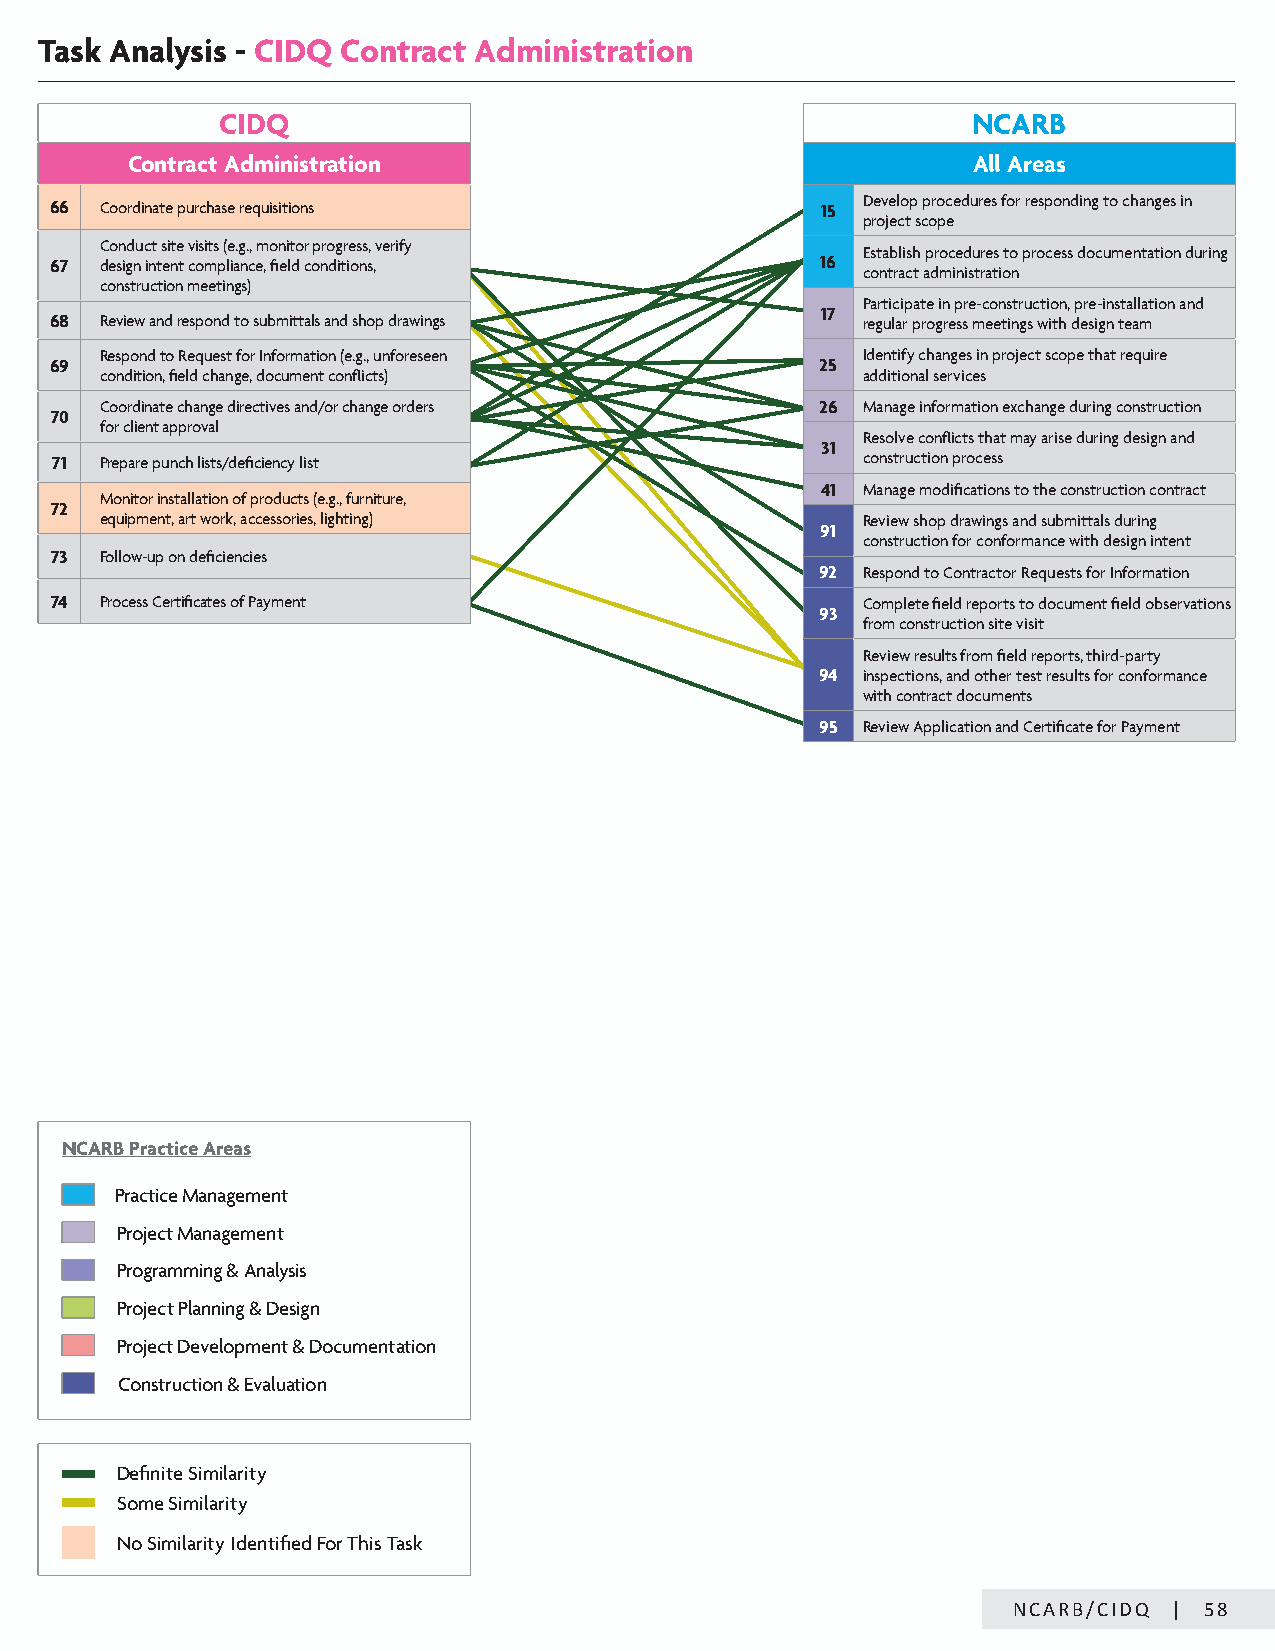
Task Analysis - CIDQ Contract Administration
 CIDQ                                              NCARB
 Contract Administration                                 All Areas
 66  Coordinate purchase requisitions               15 Develop procedures for responding to changes in
 project scope
 Conduct site visits (e.g., monitor progress, verify
 Establish procedures to process documentation during
 67  design intent compliance, field conditions,    16
 contract administration
 construction meetings)
 Participate in pre-construction, pre-installation and
 17
 68  Review and respond to submittals and shop drawings regular progress meetings with design team
 Respond to Request for Information (e.g., unforeseen Identify changes in project scope that require
 69                                                 25
 condition, field change, document conflicts)      additional services
 Coordinate change directives and/or change orders 26 Manage information exchange during construction
 70
 for client approval
 Resolve conflicts that may arise during design and
 31
 71  Prepare punch lists/deficiency list               construction process
 41 Manage modifications to the construction contract
 Monitor installation of products (e.g., furniture,
 72
 equipment, art work, accessories, lighting)       Review shop drawings and submittals during
 91
 construction for conformance with design intent
 73  Follow-up on deficiencies
 92 Respond to Contractor Requests for Information
 74  Process Certificates of Payment                   Complete field reports to document field observations
 93
 from construction site visit
 Review results from field reports, third-party
 94 inspections, and other test results for conformance
 with contract documents
 95 Review Application and Certificate for Payment
 NCARB Practice Areas
 Practice Management
 Project Management
 Programming & Analysis
 Project Planning & Design
 Project Development & Documentation
 Construction & Evaluation
 Definite Similarity
 Some Similarity
 No Similarity Identified For This Task
 NCARB/CIDQ | 58